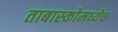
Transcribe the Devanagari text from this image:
ताबास्कोमध्येच